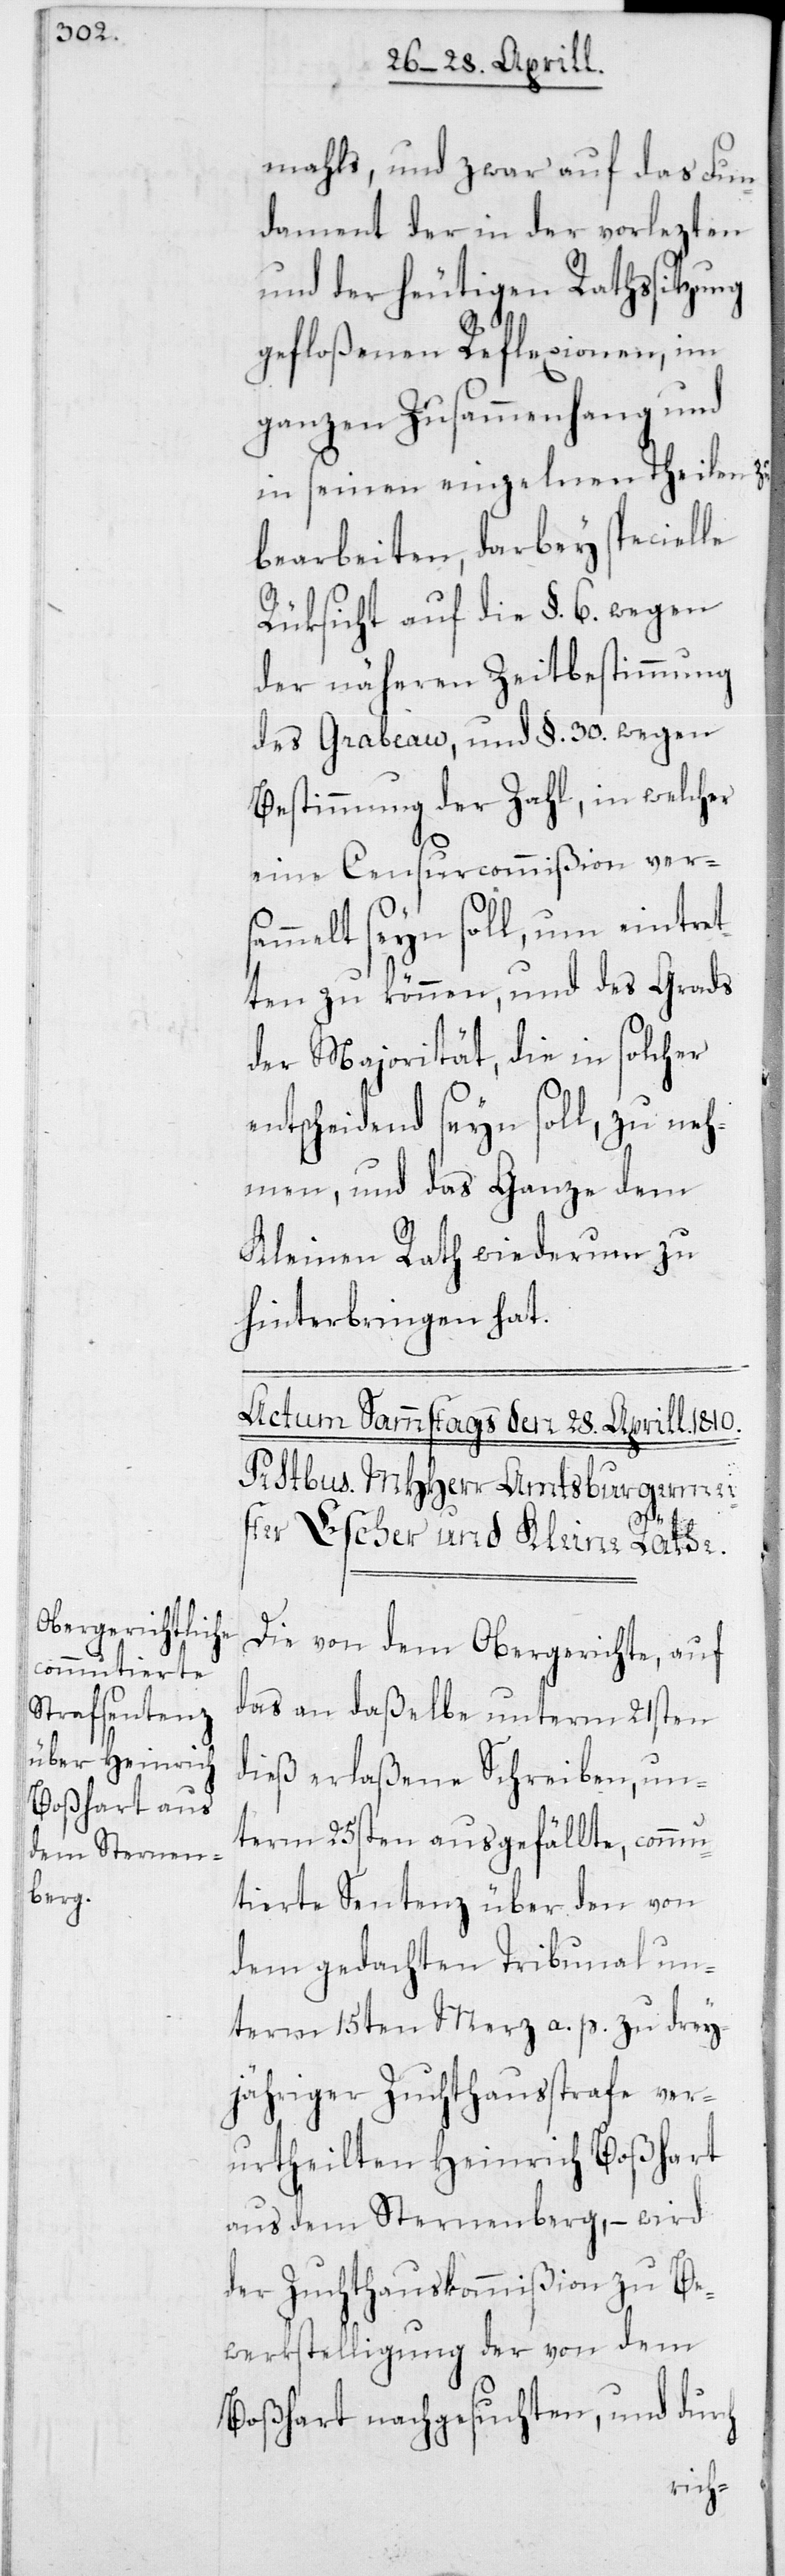
mahls, und zwar auf das Fun¬
dament der in der vorlezten
und der heutigen Rathssitzung
gefloßenen Reflexionen, im
ganzen Zusammenhang und
in seinen einzelnen Theilen zu
bearbeiten, darbey specielle
Rüksicht auf die §. 6. wegen
der näheren Zeitbestimmung
des Grabeau, und §. 30. wegen
Bestimmung der Zahl, in welcher
eine Censurcommißion vers¬
ammelt seyn soll, um eintret¬
ten zu können, und des Grads
der Majorität, die in solcher
entscheidend seyn soll, zu neh¬
men, und das Ganze dem
Kleinen Rath wiederum zu
hinterbringen hat.
Die von dem Obergerichte, auf
das an daßelbe unterm 21sten
dieß erlaßene Schreiben, un¬
term 25sten ausgefällte, commu¬
tierte Sentenz über den von
dem gedachten Tribunal un¬
term 15ten Merz a. p. zu drey¬
jähriger Zuchthausstrafe ver¬
urtheilten Heinrich Boßhart
aus dem Sternenberg, – wird
der Zuchthauskmmißion zu
Boßhart nachgesuchten, und durch